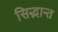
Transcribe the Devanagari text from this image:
सिद्भान्त